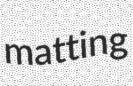
matting